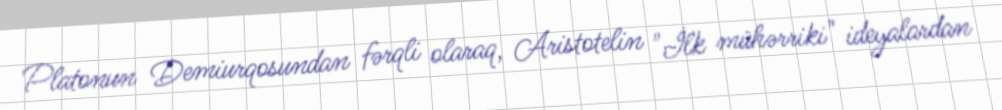
Platonun Demiurqosundan fərqli olaraq, Aristotelin "İlk mühərriki" ideyalardan